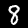
Label: 8